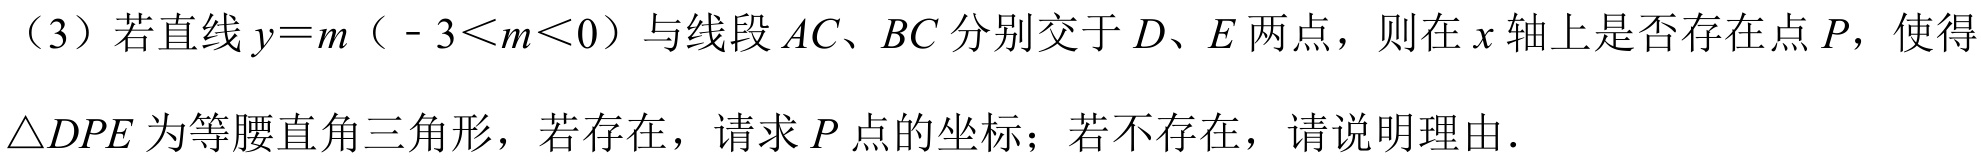
（3）若直线\(y = m\)（\(-3\lt m\lt0\)）与线段\(AC\)、\(BC\)分别交于\(D\)、\(E\)两点，则在\(x\)轴上是否存在点\(P\)，使得\(\triangle DPE\)为等腰直角三角形，若存在，请求\(P\)点的坐标；若不存在，请说明理由．